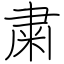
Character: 粛